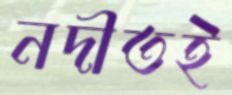
নদীতই